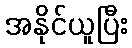
အနိုင်ယူပြီး